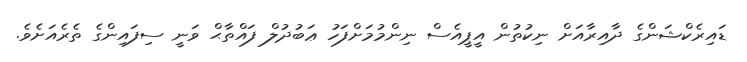
ޑައިރެކްޝަންގެ ދާއިރާއަށް ނިކުތުން އީޕީއެސް ނިންމުމަށްފަހު ޢަބުދުލް ފައްތާޙް ވަނީ ސިފައިންގެ ތެރެއަށެވެ.